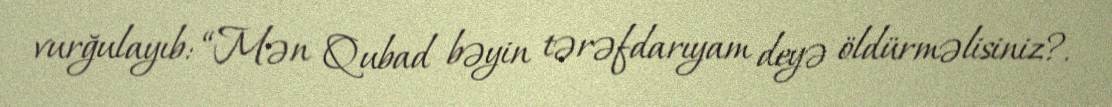
vurğulayıb: “Mən Qubad bəyin tərəfdarıyam deyə öldürməlisiniz?.